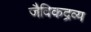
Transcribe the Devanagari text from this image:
जैविकद्रव्य